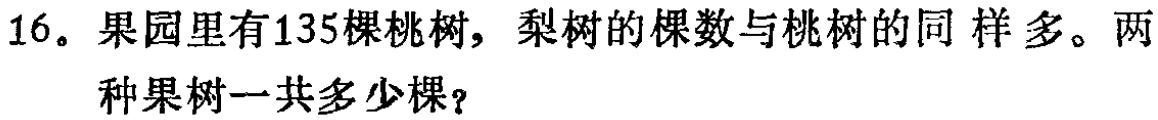
16。果园里有135棵桃树，梨树的棵数与桃树的同样多。两种果树一共多少棵？